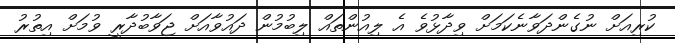
ކުރިއަށް ނުގެންދަވާނެކަމަށް ވިދާޅުވެ އެ ލިއުންތައް ލިބުމުން ދައުވާއަށް ޖަވާބުދާރީ ވުމަށް އިތުރު